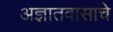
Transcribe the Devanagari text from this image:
अज्ञातवासाचे